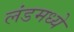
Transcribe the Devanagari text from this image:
लंडमध्ये